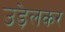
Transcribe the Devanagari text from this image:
उड़ेलकर